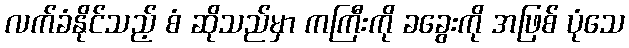
လက်ခံနိုင်သည့် စံ ဆိုသည်မှာ ကကြီးကို ခခွေးကို အဖြစ် ပုံသေ